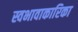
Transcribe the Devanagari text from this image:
स्वभावाकारिका